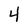
Character: 4